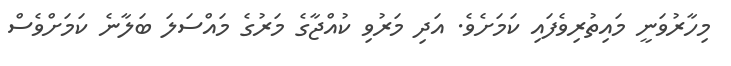
މިހާރުވަނީ މައިތުރިވެފައި ކަމަށެވެ. އަދި މަރުވި ކުއްޖާގެ މަރުގެ މައްސަލަ ބަލާނެ ކަމަށްވެސް